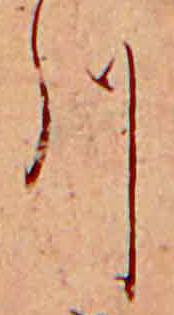
川